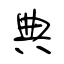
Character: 典